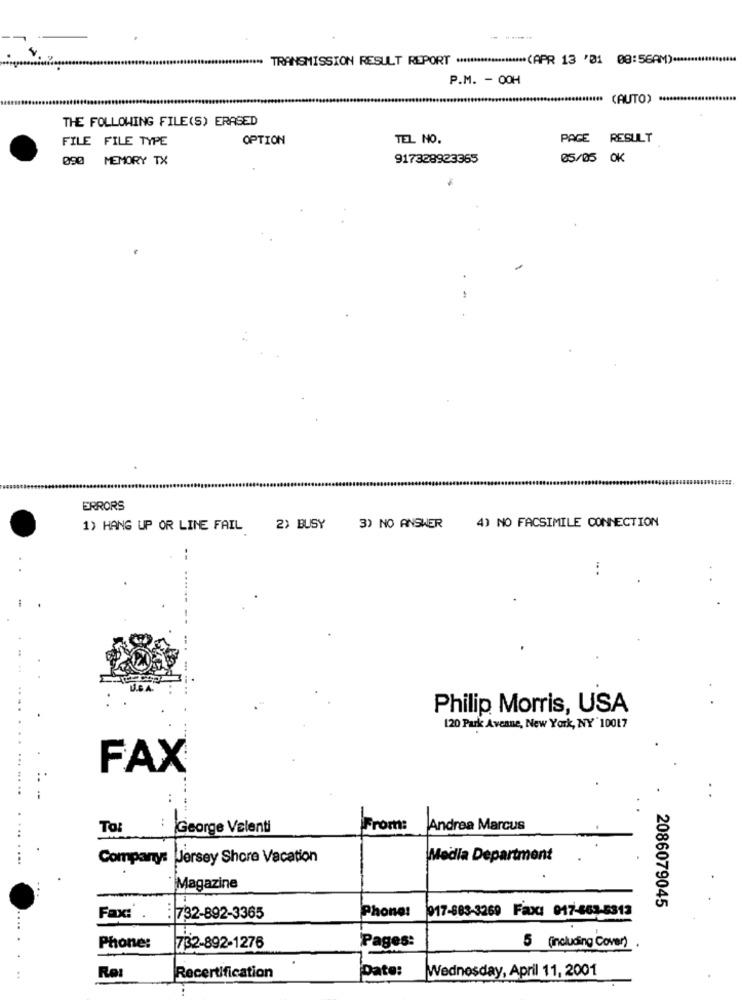
***** TRANSMISSION RESULT REPORT ******************** (APR 13 '01 08:56AM) *****
P.M. - 00H
(AUTO) ***
THE FOLLOWING FILE(S) ERASED
FILE FILE TYPE
OPTION
TEL NO.
PAGE
RESULT
090 MEMORY TX
917328923365
05/05 OK
-
ERRORS
1) HANG UP OR LINE FAIL
2) BUSY
3) NO ANSWER
4) NO FACSIMILE CONNECTION
Philip Morris, USA
120 Park Avenue, New York, NY' 10017
..
FAX
To:
George Valenti
From:
Andrea Marcus
Company: Jersey Shore Vacation
Media Department
Magazine
917-883-3269 Faxcı 017-663-5313
2086079045
Fax :.
:732-892-3365
Phone!
Pages:
Phone:
732-892-1276
5 (including Cover)
Date:
Wednesday, April 11, 2001
..
Re
Recertification